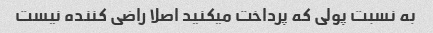
به نسبت پولی که پرداخت میکنید اصلا راضی کننده نیست